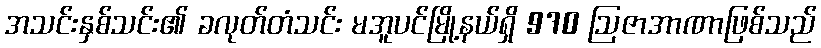
အသင်းနှစ်သင်း၏ ခလုတ်တံသင်း မအူပင်မြို့နယ်ရှိ 970 ဩဇာအာဏာဖြစ်သည်